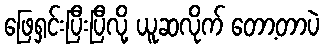
ဖြေရှင်းပြီးပြီလို့ ယူဆလိုက် တော့တာပဲ